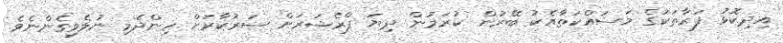
އިދިކޮޅު ފަރާތަކުގެ މަސައްކަތާއެކު ބޭރުން ކުރަމުން ދިޔަ ޕްރެޝަރަށް ސަރުކާރަށް ހިންދެމި ނުލެވިގެންނެވެ.